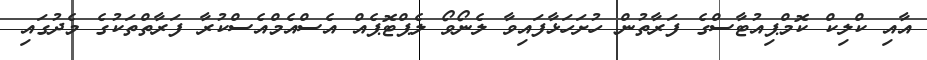
އާއި ކްލިކް ކޮމްޕިއުޓާސްގެ ފަރާތުން ހުށަހަޅާފައިވާ ލެނޯވޯ ލެޕްޓޮޕެއް އެސްއެމްއެސްކުރާ ފަރާތްތަކުގެ މެދުގައި